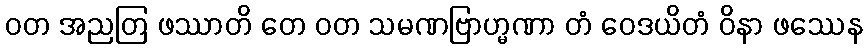
ဝတ အညတြ ဖဿာတိ တေ ဝတ သမဏဗြာဟ္မဏာ တံ ဝေဒယိတံ ဝိနာ ဖဿေန